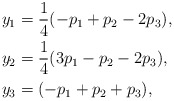
\begin{align*}y_1 & =\frac{1}{4}(-p_1 +p_2 -2p_3) , \\y_2 & =\frac{1}{4}(3p_1 -p_2 -2p_3) , \\ y_3 & =(-p_1 +p_2 +p_3) ,\end{align*}